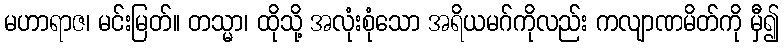
မဟာရာဇ၊ မင်းမြတ်။ တသ္မာ၊ ထိုသို့ အလုံးစုံသော အရိယမဂ်ကိုလည်း ကလျာဏမိတ်ကို မှီ၍